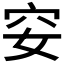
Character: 𥤨